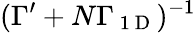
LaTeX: (\Gamma^{\prime}+N\Gamma_{\mathrm{~1~D~}})^{-1}